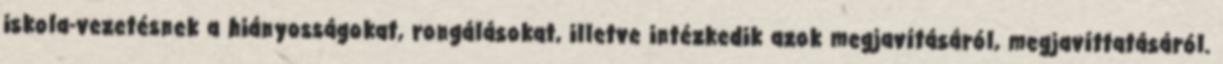
iskola-vezetésnek a hiányosságokat, rongálásokat, illetve intézkedik azok megjavításáról, megjavíttatásáról.